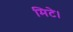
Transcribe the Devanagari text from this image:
मिटे।